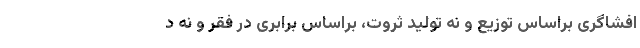
افشاگری براساس توزیع و نه تولید ثروت، براساس برابری در فقر و نه د